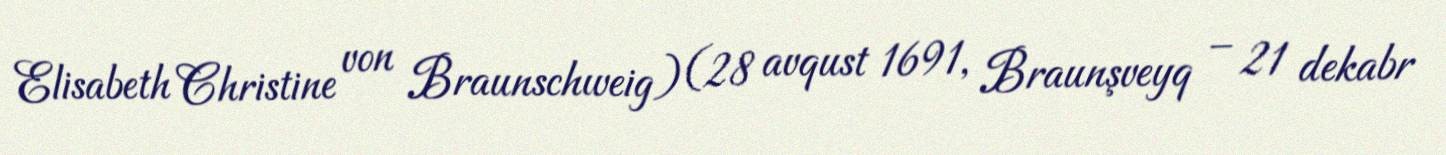
Elisabeth Christine von Braunschweig) (28 avqust 1691, Braunşveyq – 21 dekabr